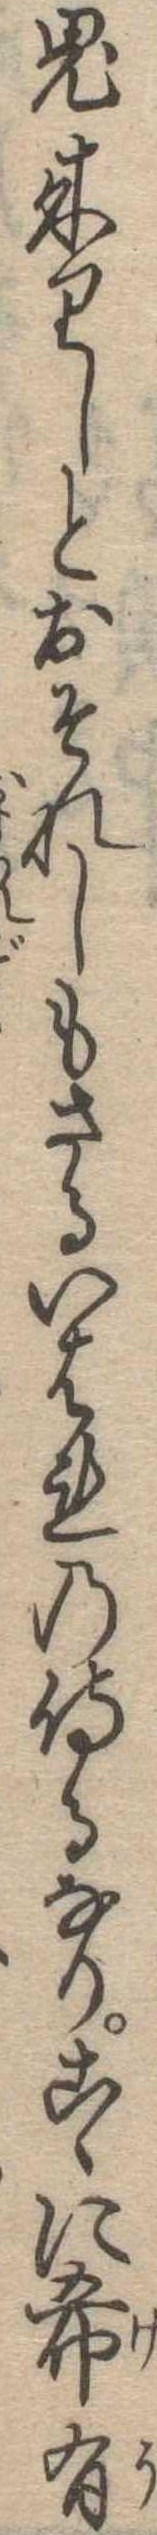
鬼来りしとおそれしもさるいはれの侍るなりこゝに希有